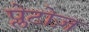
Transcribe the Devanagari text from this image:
प्लेटोज़